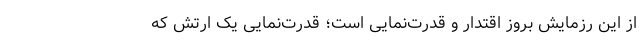
از این رزمایش بروز اقتدار و قدرت‌نمایی است؛ قدرت‌نمایی یک ارتش که